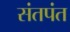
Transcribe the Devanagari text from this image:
संतपंत